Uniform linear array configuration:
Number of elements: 32
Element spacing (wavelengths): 0.75
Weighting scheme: cosine
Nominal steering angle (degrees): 30
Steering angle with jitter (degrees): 28.056
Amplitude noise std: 0.05
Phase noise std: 0.05

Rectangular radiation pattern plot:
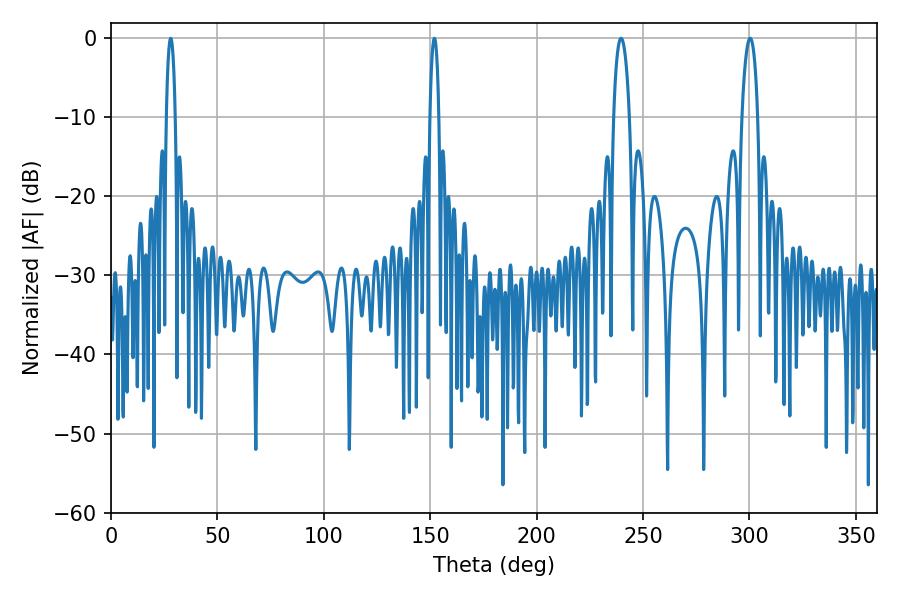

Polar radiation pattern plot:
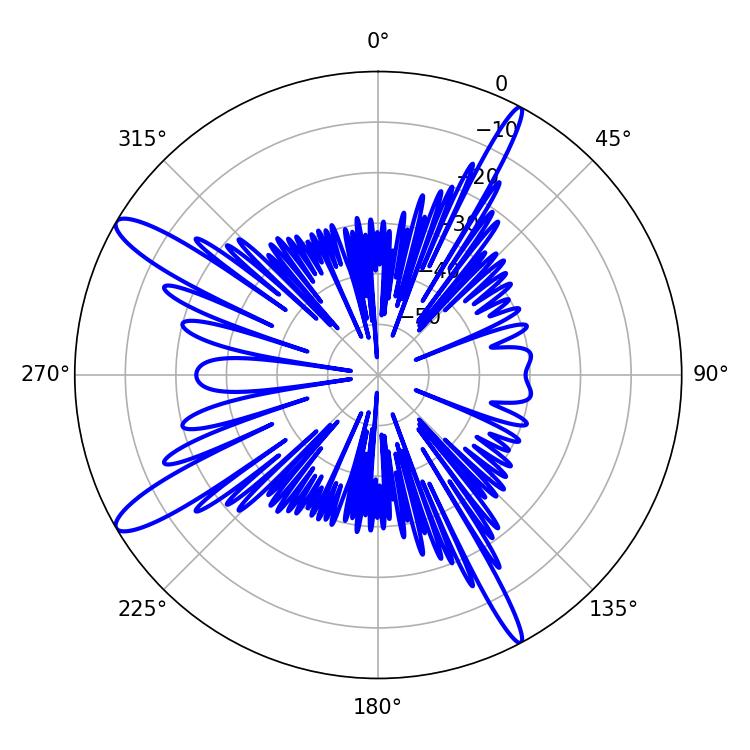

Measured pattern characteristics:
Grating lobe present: TRUE
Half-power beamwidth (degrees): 2.34
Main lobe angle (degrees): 151.92